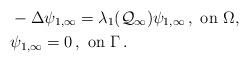
LaTeX: \begin{align*} &-\Delta \psi_{1,\infty} = \lambda_1(\mathcal{Q}_{\infty}) \psi_{1,\infty}\,, \mbox{ on }\Omega,\\&\psi_{1,\infty} = 0\,, \mbox{ on } \Gamma\,. \end{align*}